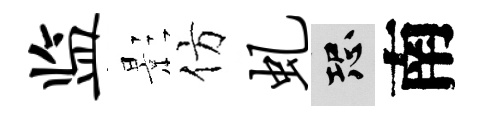
监影仿虬恐南